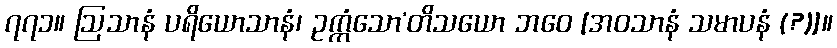
၇၇၁။ ဩသာနံ ပရိယောသာနံ၊ ဥက္ကံသော’တိသယော ဘဝေ [အဝသာနံ သမာပနံ (?)]။